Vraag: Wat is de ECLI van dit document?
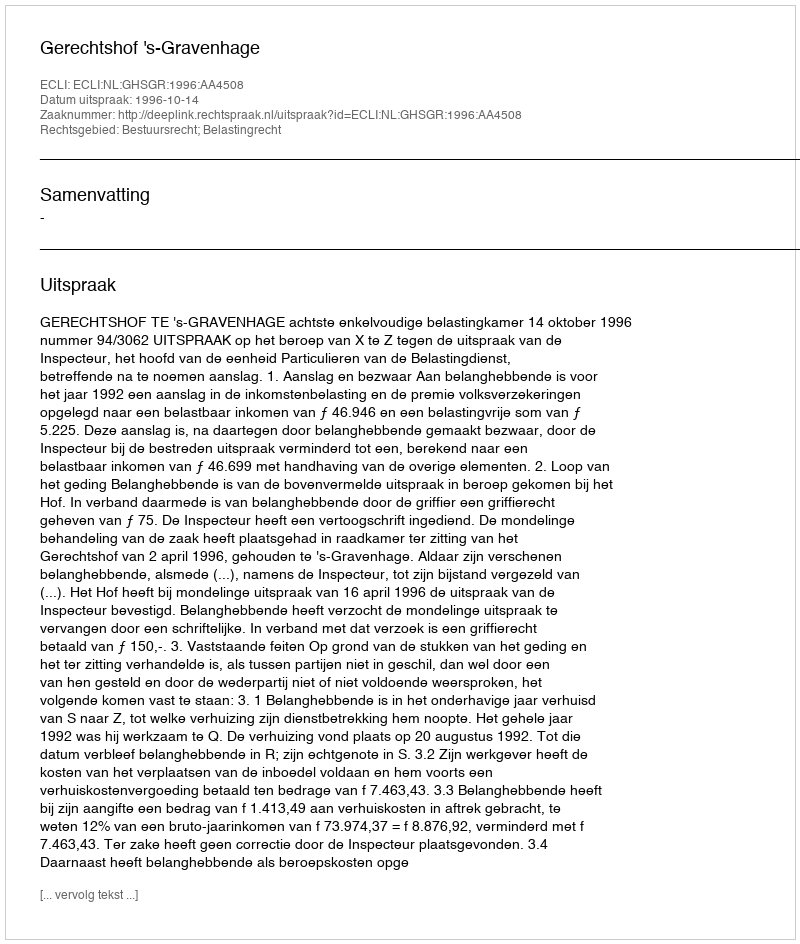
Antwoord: ECLI:NL:GHSGR:1996:AA4508